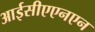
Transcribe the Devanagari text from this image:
आईसीएएनएन